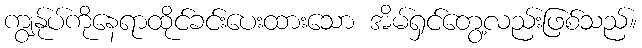
ကျွန်ုပ်ကိုနေရာထိုင်ခင်းပေးထားသော အိမ်ရှင်တွေ့လည်းဖြစ်သည်။